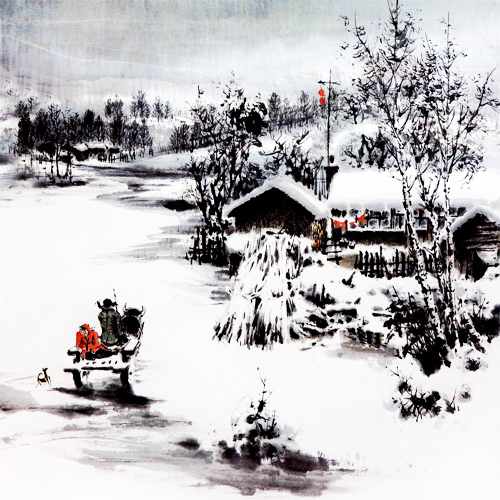
竹篱茅舍，淡烟衰草孤村。